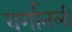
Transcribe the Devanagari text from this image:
वर्गातली